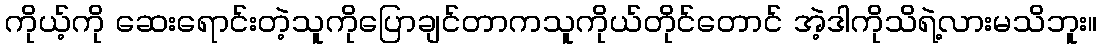
ကိုယ့်ကို ဆေးရောင်းတဲ့သူကိုပြောချင်တာကသူကိုယ်တိုင်တောင် အဲ့ဒါကိုသိရဲ့လားမသိဘူး။